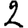
Digit: 2